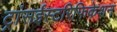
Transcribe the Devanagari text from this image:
ट्रांसईस्टरिफिकेशन